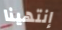
إنتهينا